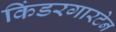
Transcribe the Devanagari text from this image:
किंडरगारटेन